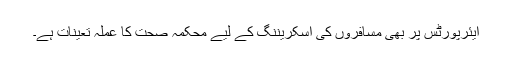
ایئرپورٹس پر بھی مسافروں کی اسکریننگ کے لیے محکمہ صحت کا عملہ تعینات ہے۔